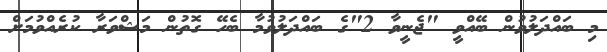
މި ބައްދަލުވުން ބޭއްވީ "ޖެނީވާ 2"ގެ ބައްދަލުވުމާ ބެހޭ ގޮތުން މަޝްވަރާ ކުރެއްވުމަށް